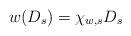
LaTeX: \begin{align*}w(D_s)=\chi_{w,s} D_s\end{align*}